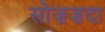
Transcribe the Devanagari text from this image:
सोज़ज़दा